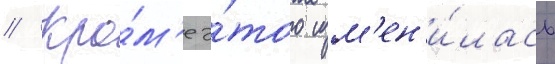
// Кро́м'е э́того изм'ен'и́лась